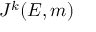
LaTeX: J ^ { k } ( E , m )